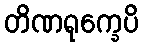
တိဏရုက္ခေပိ